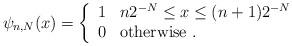
LaTeX: \begin{align*}\psi_{n,N}(x)=\left\{\begin{array}{ll}1&\mbox{$n2^{-N}\leq x\leq(n+1)2^{-N}$}\\0&\mbox{otherwise .}\end{array}\right.\end{align*}